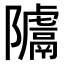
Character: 𨽚